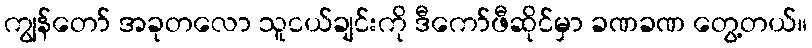
ကျွန်တော် အခုတလော သူငယ်ချင်းကို ဒီကော်ဖီဆိုင်မှာ ခဏခဏ တွေ့တယ်။